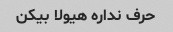
حرف نداره هیولا بیکن